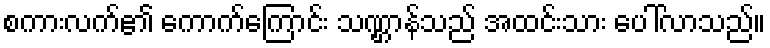
စကားလက်၏ ကောက်ကြောင်း သဏ္ဌာန်သည် အထင်းသား ပေါ်လာသည်။